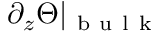
\partial _ { z } \Theta \vert _ { \mathrm { ~ b ~ u ~ l ~ k ~ } }